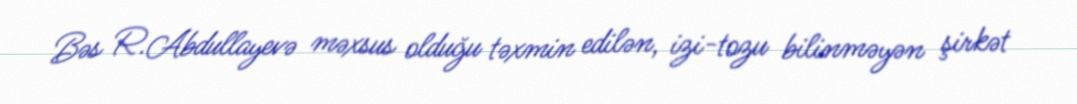
Bəs R.Abdullayevə məxsus olduğu təxmin edilən, izi-tozu bilinməyən şirkət